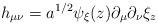
LaTeX: \begin{align*}h_{\mu\nu}= a^{1/2}\psi_{\xi}(z) \partial_{\mu}\partial_{\nu}\xi_z\end{align*}